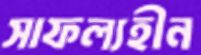
সাফল্যহীন